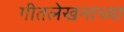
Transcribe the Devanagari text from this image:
गीतलेखनाच्या